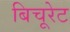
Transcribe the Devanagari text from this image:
बिचूरेट